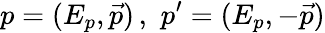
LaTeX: p=(E_{p},\vec{p})\, ,\, \, p^{\prime}=(E_{p},-\vec{p})